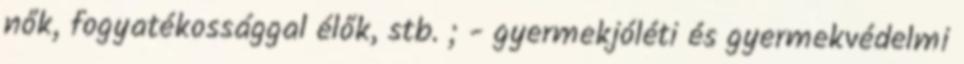
nők, fogyatékossággal élők, stb. ; - gyermekjóléti és gyermekvédelmi